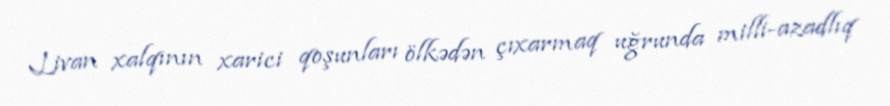
Livan xalqının xarici qoşunları ölkədən çıxarmaq uğrunda milli-azadlıq